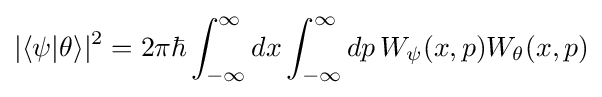
|\langle \psi |\theta \rangle |^{2}=2\pi \hbar \int _{-\infty }^{\infty }dx\int _{-\infty }^{\infty }dp\,W_{\psi }(x,p)W_{\theta }(x,p)